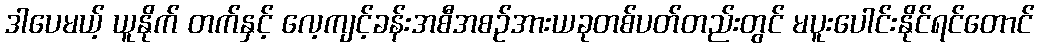
ဒါပေမယ့် ယူနိုက် တက်နှင့် လေ့ကျင့်ခန်းအစီအစဉ်အားယခုတစ်ပတ်တည်းတွင် မပူးပေါင်းနိုင်ရင်တောင်